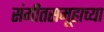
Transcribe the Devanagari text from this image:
संगीतसमूहाच्या